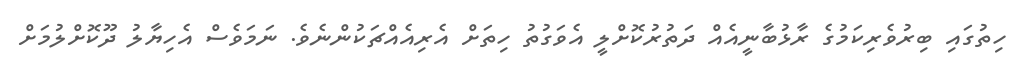
ހިތުގައި ބިރުވެރިކަމުގެ ރާޅުބާނީއެއް ދަތުރުކޮށްލީ އެވަގުތު ހިތަށް އެރިއެއްޗަކުންނެވެ. ނަމަވެސް އެހިޔާލު ދޫކޮށްލުމަށް